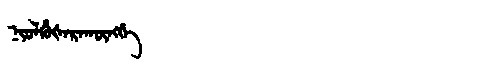
Manchu: ᠨᡳᠣᠯᡥᡠᡧᡝᡵᠠᡴᡡᠩᡤᡝ
Romanization: NIOLHUŠERAKŪNGGE